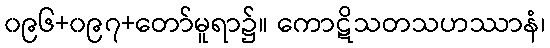
၀၉၆+၀၉၇+တော်မူရာ၌။ ကောဋိသတသဟဿာနံ၊